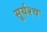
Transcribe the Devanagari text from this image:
सूर्यश्च